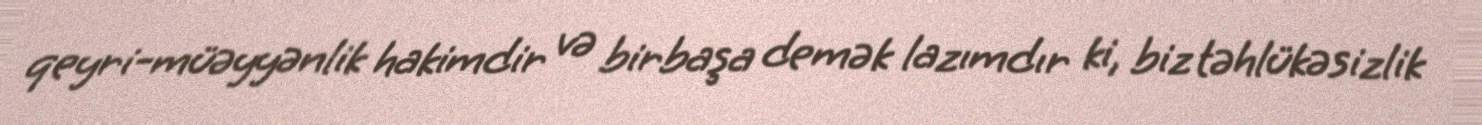
qeyri-müəyyənlik hakimdir və birbaşa demək lazımdır ki, biz təhlükəsizlik